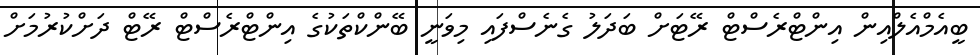
ބީއެމްއެލްއިން އިންޓްރެސްޓް ރޭޓަށް ބަދަލު ގެނެސްފައި މިވަނީ ބޭންކްތަކުގެ އިންޓްރެސްޓް ރޭޓް ދަށްކުރުމަށް